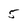
Character: 5